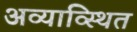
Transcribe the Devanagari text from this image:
अव्याव्स्थित